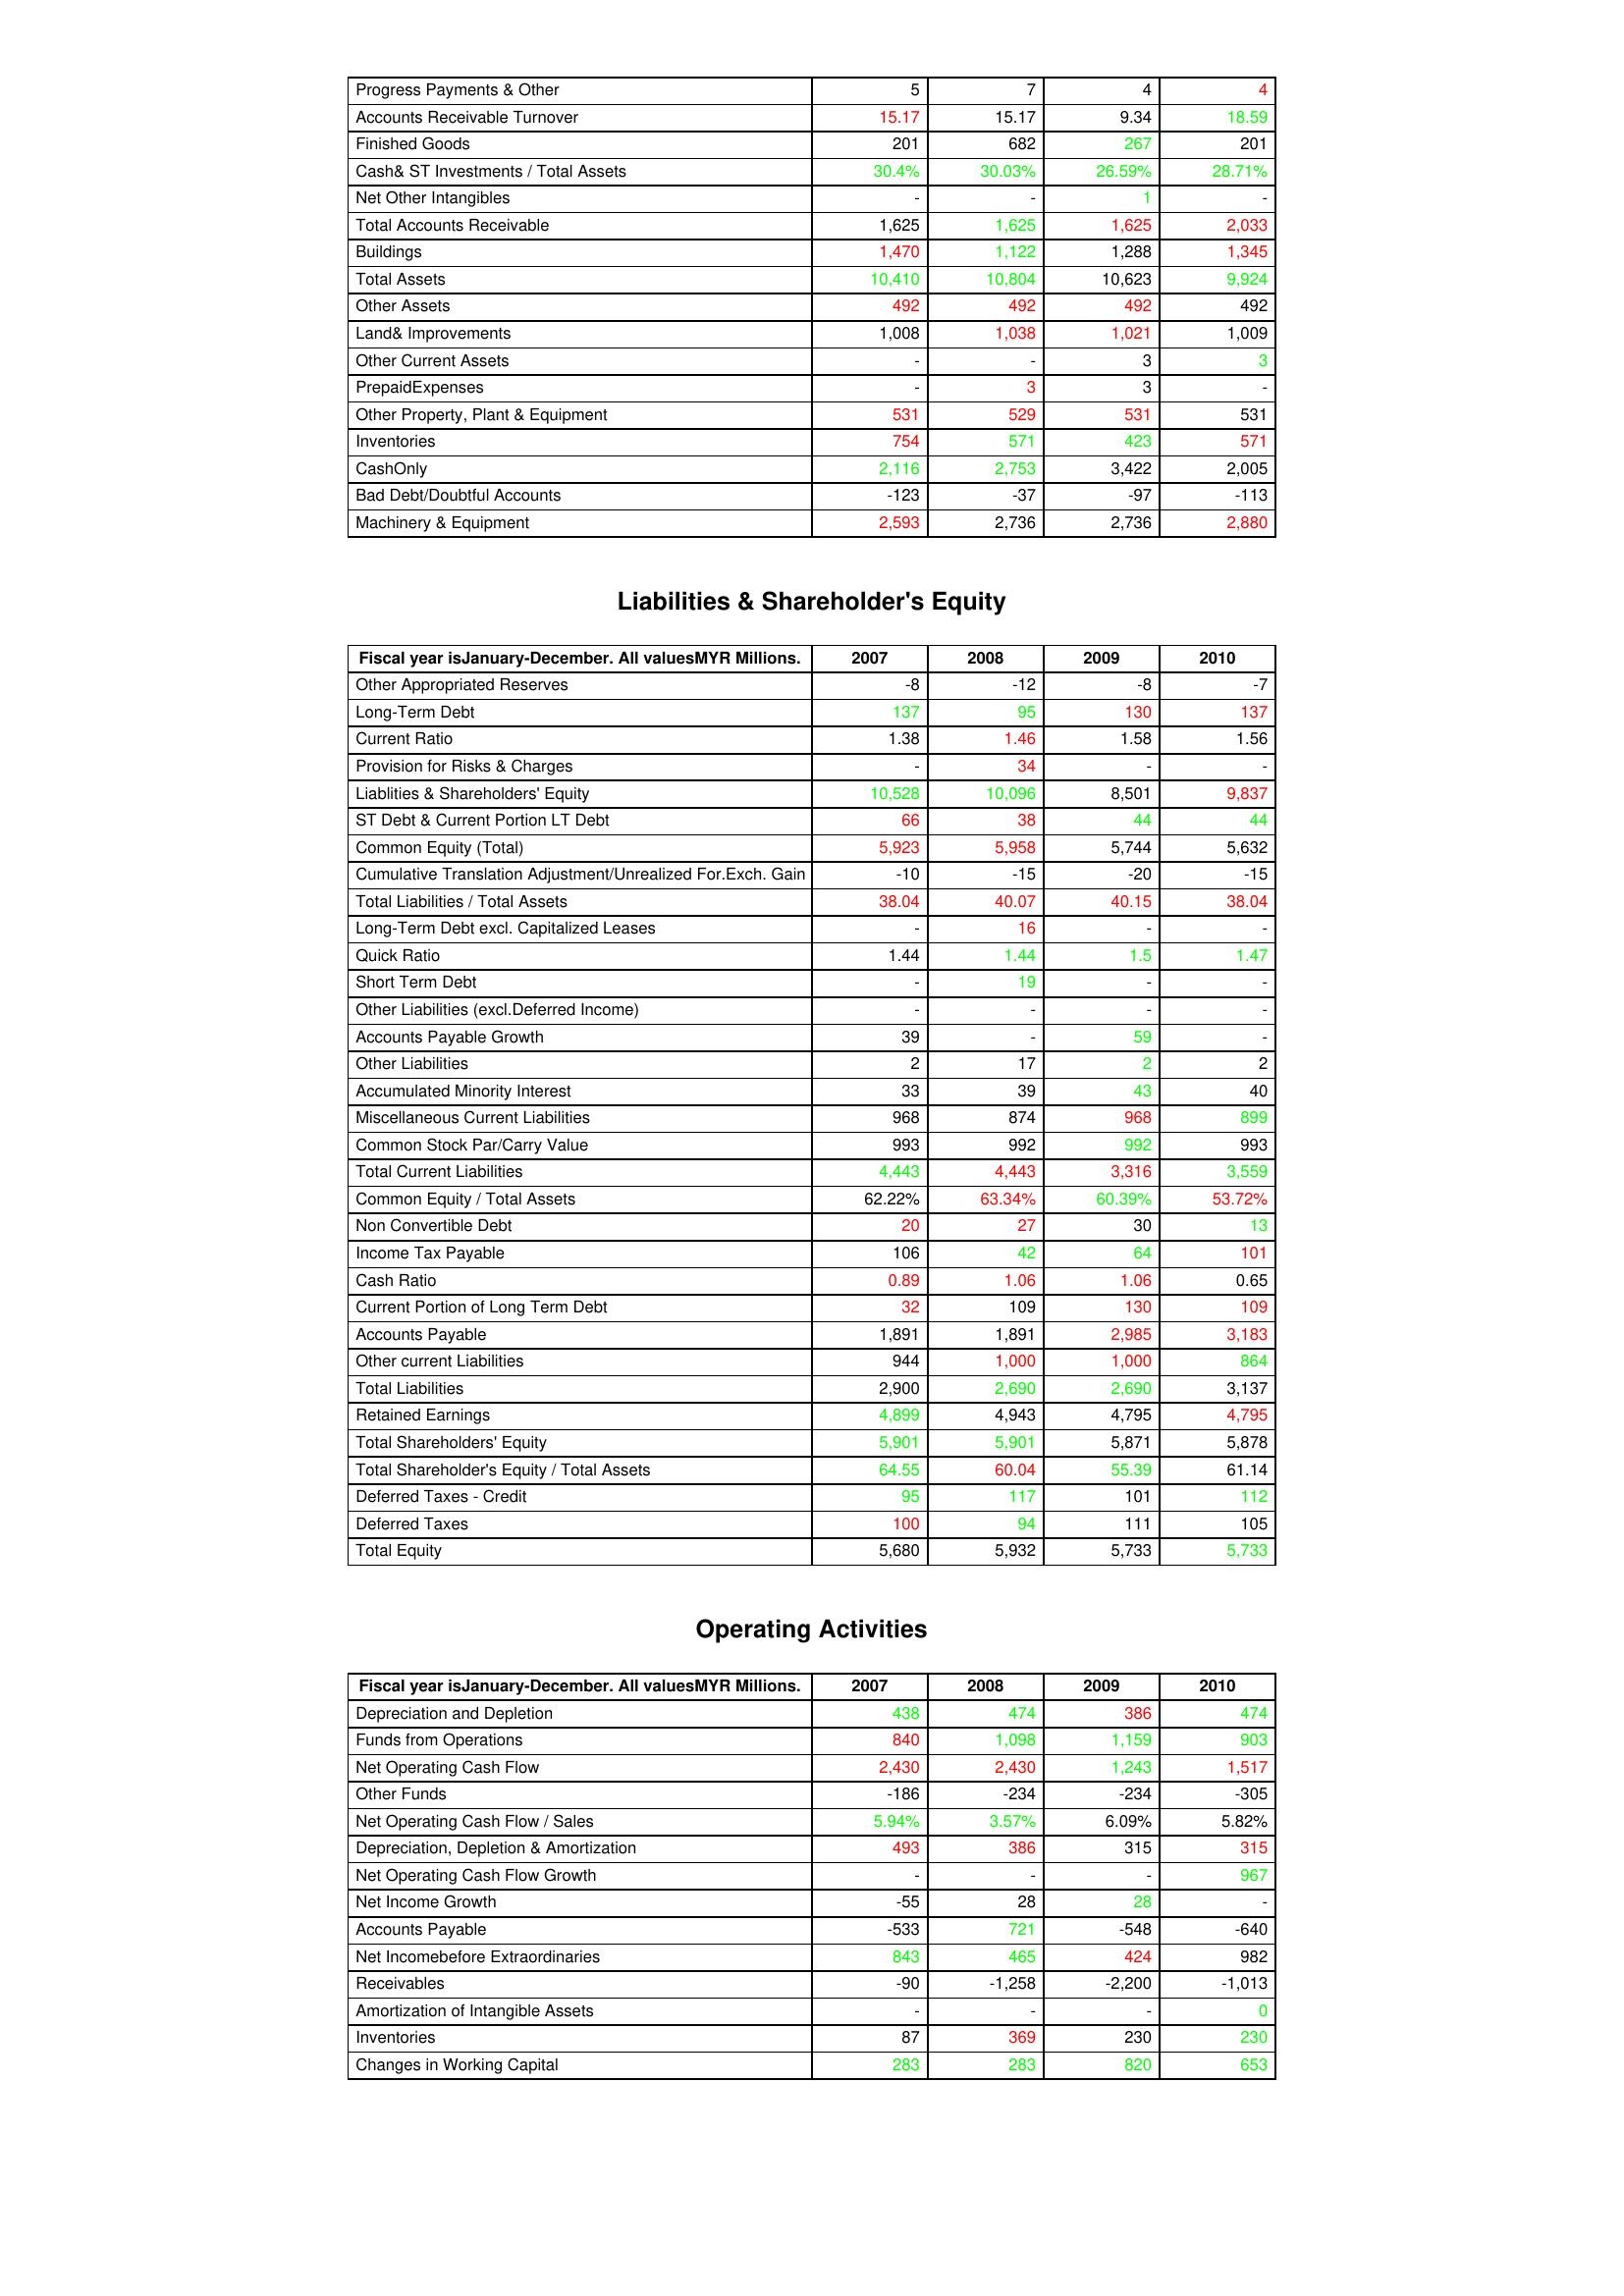
gt_parse: 2007: Assets: Progress Payments & Other: 5
Accounts Receivable Turnover: 15.17
Finished Goods: 201
Cash& ST Investments / Total Assets: 30.4%
Net Other Intangibles: -
Total Accounts Receivable: 1,625
Buildings: 1,470
Total Assets: 10,410
Other Assets: 492
Land& Improvements: 1,008
Other Current Assets: -
PrepaidExpenses: -
Other Property, Plant & Equipment: 531
Inventories: 754
CashOnly: 2,116
Bad Debt/Doubtful Accounts: -123
Machinery & Equipment: 2,593
Liabilities & Shareholder's Equity: Other Appropriated Reserves: -8
Long-Term Debt: 137
Current Ratio: 1.38
Provision for Risks & Charges: -
Liablities & Shareholders' Equity: 10,528
ST Debt & Current Portion LT Debt: 66
Common Equity (Total): 5,923
Cumulative Translation Adjustment/Unrealized For.Exch. Gain: -10
Total Liabilities / Total Assets: 38.04
Long-Term Debt excl. Capitalized Leases: -
Quick Ratio: 1.44
Short Term Debt: -
Other Liabilities (excl.Deferred Income): -
Accounts Payable Growth: 39
Other Liabilities: 2
Accumulated Minority Interest: 33
Miscellaneous Current Liabilities: 968
Common Stock Par/Carry Value: 993
Total Current Liabilities: 4,443
Common Equity / Total Assets: 62.22%
Non Convertible Debt: 20
Income Tax Payable: 106
Cash Ratio: 0.89
Current Portion of Long Term Debt: 32
Accounts Payable: 1,891
Other current Liabilities: 944
Total Liabilities: 2,900
Retained Earnings: 4,899
Total Shareholders' Equity: 5,901
Total Shareholder's Equity / Total Assets: 64.55
Deferred Taxes - Credit: 95
Deferred Taxes: 100
Total Equity: 5,680
Operating Activities: Depreciation and Depletion: 438
Funds from Operations: 840
Net Operating Cash Flow: 2,430
Other Funds: -186
Net Operating Cash Flow / Sales: 5.94%
Depreciation, Depletion & Amortization: 493
Net Operating Cash Flow Growth: -
Net Income Growth: -55
Accounts Payable: -533
Net Incomebefore Extraordinaries: 843
Receivables: -90
Amortization of Intangible Assets: -
Inventories: 87
Changes in Working Capital: 283
2008: Assets: Progress Payments & Other: 7
Accounts Receivable Turnover: 15.17
Finished Goods: 682
Cash& ST Investments / Total Assets: 30.03%
Net Other Intangibles: -
Total Accounts Receivable: 1,625
Buildings: 1,122
Total Assets: 10,804
Other Assets: 492
Land& Improvements: 1,038
Other Current Assets: -
PrepaidExpenses: 3
Other Property, Plant & Equipment: 529
Inventories: 571
CashOnly: 2,753
Bad Debt/Doubtful Accounts: -37
Machinery & Equipment: 2,736
Liabilities & Shareholder's Equity: Other Appropriated Reserves: -12
Long-Term Debt: 95
Current Ratio: 1.46
Provision for Risks & Charges: 34
Liablities & Shareholders' Equity: 10,096
ST Debt & Current Portion LT Debt: 38
Common Equity (Total): 5,958
Cumulative Translation Adjustment/Unrealized For.Exch. Gain: -15
Total Liabilities / Total Assets: 40.07
Long-Term Debt excl. Capitalized Leases: 16
Quick Ratio: 1.44
Short Term Debt: 19
Other Liabilities (excl.Deferred Income): -
Accounts Payable Growth: -
Other Liabilities: 17
Accumulated Minority Interest: 39
Miscellaneous Current Liabilities: 874
Common Stock Par/Carry Value: 992
Total Current Liabilities: 4,443
Common Equity / Total Assets: 63.34%
Non Convertible Debt: 27
Income Tax Payable: 42
Cash Ratio: 1.06
Current Portion of Long Term Debt: 109
Accounts Payable: 1,891
Other current Liabilities: 1,000
Total Liabilities: 2,690
Retained Earnings: 4,943
Total Shareholders' Equity: 5,901
Total Shareholder's Equity / Total Assets: 60.04
Deferred Taxes - Credit: 117
Deferred Taxes: 94
Total Equity: 5,932
Operating Activities: Depreciation and Depletion: 474
Funds from Operations: 1,098
Net Operating Cash Flow: 2,430
Other Funds: -234
Net Operating Cash Flow / Sales: 3.57%
Depreciation, Depletion & Amortization: 386
Net Operating Cash Flow Growth: -
Net Income Growth: 28
Accounts Payable: 721
Net Incomebefore Extraordinaries: 465
Receivables: -1,258
Amortization of Intangible Assets: -
Inventories: 369
Changes in Working Capital: 283
2009: Assets: Progress Payments & Other: 4
Accounts Receivable Turnover: 9.34
Finished Goods: 267
Cash& ST Investments / Total Assets: 26.59%
Net Other Intangibles: 1
Total Accounts Receivable: 1,625
Buildings: 1,288
Total Assets: 10,623
Other Assets: 492
Land& Improvements: 1,021
Other Current Assets: 3
PrepaidExpenses: 3
Other Property, Plant & Equipment: 531
Inventories: 423
CashOnly: 3,422
Bad Debt/Doubtful Accounts: -97
Machinery & Equipment: 2,736
Liabilities & Shareholder's Equity: Other Appropriated Reserves: -8
Long-Term Debt: 130
Current Ratio: 1.58
Provision for Risks & Charges: -
Liablities & Shareholders' Equity: 8,501
ST Debt & Current Portion LT Debt: 44
Common Equity (Total): 5,744
Cumulative Translation Adjustment/Unrealized For.Exch. Gain: -20
Total Liabilities / Total Assets: 40.15
Long-Term Debt excl. Capitalized Leases: -
Quick Ratio: 1.5
Short Term Debt: -
Other Liabilities (excl.Deferred Income): -
Accounts Payable Growth: 59
Other Liabilities: 2
Accumulated Minority Interest: 43
Miscellaneous Current Liabilities: 968
Common Stock Par/Carry Value: 992
Total Current Liabilities: 3,316
Common Equity / Total Assets: 60.39%
Non Convertible Debt: 30
Income Tax Payable: 64
Cash Ratio: 1.06
Current Portion of Long Term Debt: 130
Accounts Payable: 2,985
Other current Liabilities: 1,000
Total Liabilities: 2,690
Retained Earnings: 4,795
Total Shareholders' Equity: 5,871
Total Shareholder's Equity / Total Assets: 55.39
Deferred Taxes - Credit: 101
Deferred Taxes: 111
Total Equity: 5,733
Operating Activities: Depreciation and Depletion: 386
Funds from Operations: 1,159
Net Operating Cash Flow: 1,243
Other Funds: -234
Net Operating Cash Flow / Sales: 6.09%
Depreciation, Depletion & Amortization: 315
Net Operating Cash Flow Growth: -
Net Income Growth: 28
Accounts Payable: -548
Net Incomebefore Extraordinaries: 424
Receivables: -2,200
Amortization of Intangible Assets: -
Inventories: 230
Changes in Working Capital: 820
2010: Assets: Progress Payments & Other: 4
Accounts Receivable Turnover: 18.59
Finished Goods: 201
Cash& ST Investments / Total Assets: 28.71%
Net Other Intangibles: -
Total Accounts Receivable: 2,033
Buildings: 1,345
Total Assets: 9,924
Other Assets: 492
Land& Improvements: 1,009
Other Current Assets: 3
PrepaidExpenses: -
Other Property, Plant & Equipment: 531
Inventories: 571
CashOnly: 2,005
Bad Debt/Doubtful Accounts: -113
Machinery & Equipment: 2,880
Liabilities & Shareholder's Equity: Other Appropriated Reserves: -7
Long-Term Debt: 137
Current Ratio: 1.56
Provision for Risks & Charges: -
Liablities & Shareholders' Equity: 9,837
ST Debt & Current Portion LT Debt: 44
Common Equity (Total): 5,632
Cumulative Translation Adjustment/Unrealized For.Exch. Gain: -15
Total Liabilities / Total Assets: 38.04
Long-Term Debt excl. Capitalized Leases: -
Quick Ratio: 1.47
Short Term Debt: -
Other Liabilities (excl.Deferred Income): -
Accounts Payable Growth: -
Other Liabilities: 2
Accumulated Minority Interest: 40
Miscellaneous Current Liabilities: 899
Common Stock Par/Carry Value: 993
Total Current Liabilities: 3,559
Common Equity / Total Assets: 53.72%
Non Convertible Debt: 13
Income Tax Payable: 101
Cash Ratio: 0.65
Current Portion of Long Term Debt: 109
Accounts Payable: 3,183
Other current Liabilities: 864
Total Liabilities: 3,137
Retained Earnings: 4,795
Total Shareholders' Equity: 5,878
Total Shareholder's Equity / Total Assets: 61.14
Deferred Taxes - Credit: 112
Deferred Taxes: 105
Total Equity: 5,733
Operating Activities: Depreciation and Depletion: 474
Funds from Operations: 903
Net Operating Cash Flow: 1,517
Other Funds: -305
Net Operating Cash Flow / Sales: 5.82%
Depreciation, Depletion & Amortization: 315
Net Operating Cash Flow Growth: 967
Net Income Growth: -
Accounts Payable: -640
Net Incomebefore Extraordinaries: 982
Receivables: -1,013
Amortization of Intangible Assets: 0
Inventories: 230
Changes in Working Capital: 653